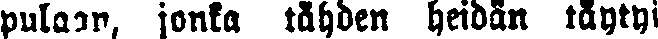
pulaan, jonka tähden heidän täytyi